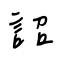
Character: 詔